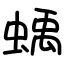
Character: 蝺